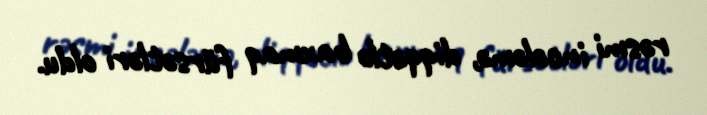
rəsmi incələmə, diqqətlə baxmaq fürsətləri oldu.